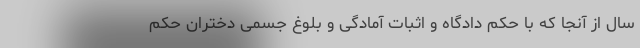
سال از آنجا که با حکم دادگاه و اثبات آمادگی و بلوغ جسمی دختران حکم